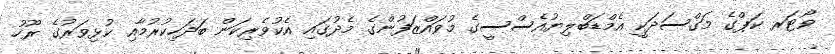
ވޯޓަރ ކަޕްގެ މަގްސަދަކީ އެމްޑަބްލިޔުއެސްސީގެ މުވައްޒަފުންގެ މެދުގައި އެކުވެރިކަން ބަދަހިކުރުމާއި ކުޅިވަރުގެ ރޫހު